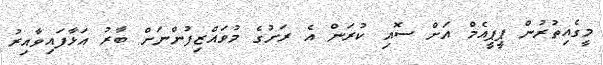
މީގެއިތުރުން ޕީޕީއެމް އަށް ސޮއި ކުރަން އެ ރަށުގެ މުވައްޒިފުންނަށް ބާރު އަޅާފައިވާއިރު